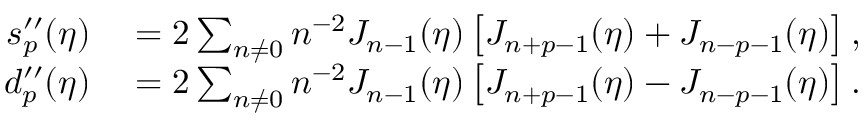
\begin{array} { r l } { s _ { p } ^ { \prime \prime } ( \eta ) } & { { } = 2 \sum _ { n \neq 0 } n ^ { - 2 } J _ { n - 1 } ( \eta ) \left[ J _ { n + p - 1 } ( \eta ) + J _ { n - p - 1 } ( \eta ) \right] , } \\ { d _ { p } ^ { \prime \prime } ( \eta ) } & { { } = 2 \sum _ { n \neq 0 } n ^ { - 2 } J _ { n - 1 } ( \eta ) \left[ J _ { n + p - 1 } ( \eta ) - J _ { n - p - 1 } ( \eta ) \right] . } \end{array}